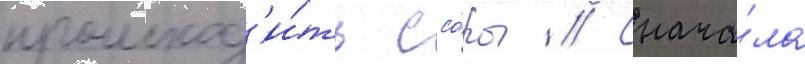
происход'и́ть ссо́ры // Снача́ла